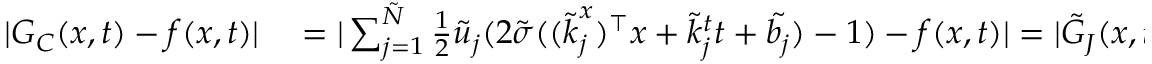
\begin{array} { r l } { | G _ { C } ( \boldsymbol { x } , t ) - f ( \boldsymbol { x } , t ) | } & { { } = | \sum _ { j = 1 } ^ { \tilde { N } } \frac { 1 } { 2 } \tilde { u } _ { j } ( 2 \tilde { \sigma } ( ( \boldsymbol { \tilde { k } } _ { j } ^ { x } ) ^ { \top } \boldsymbol { x } + \tilde { k } _ { j } ^ { t } t + \tilde { b _ { j } } ) - 1 ) - f ( \boldsymbol { x } , t ) | = | \tilde { G } _ { J } ( \boldsymbol { x } , t ) - f ( x , t ) | < \frac { \epsilon } { 2 } < \epsilon . } \end{array}